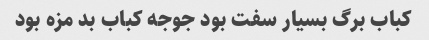
کباب برگ بسیار سفت بود جوجه کباب بد مزه بود